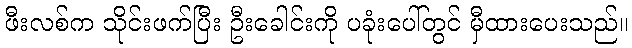
ဖီးလစ်က သိုင်းဖက်ပြီး ဦးခေါင်းကို ပခုံးပေါ်တွင် မှီထားပေးသည်။